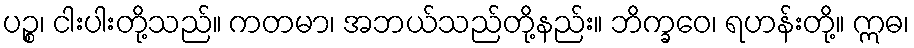
ပဉ္စ၊ ငါးပါးတို့သည်။ ကတမာ၊ အဘယ်သည်တို့နည်း။ ဘိက္ခဝေ၊ ရဟန်းတို့။ ဣဓ၊